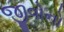
જીવોનો